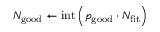
N _ { \mathrm { g o o d } } \leftarrow \mathrm { i n t } \left( p _ { \mathrm { g o o d } } \cdot N _ { \mathrm { f i t } } \right)